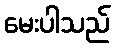
မေးပါသည်